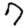
Digit: 7